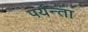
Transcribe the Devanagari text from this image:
पर्यन्ता